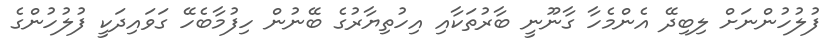
ފުލުހުންނަށް ލިބިދޭ އެންމެހާ ގާނޫނީ ބާރުތަކާއި އިހުތިޔާރުގެ ބޭނުން ހިފުމާބެހޭ ގަވައިދަކީ ފުލުހުންގެ